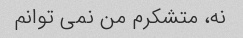
نه، متشکرم من نمی توانم